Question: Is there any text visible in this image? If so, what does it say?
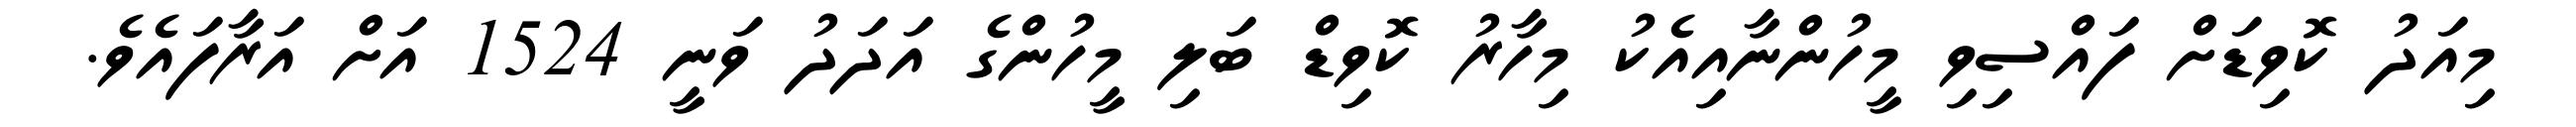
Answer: މިއަދު ކޮވިޑަށް ފައްސިވި މީހުންނާއިއެކު މިހާރު ކޮވިޑް ބަލި މީހުންގެ އަދަދު ވަނީ 1524 އަށް އަރާފައެވެ.